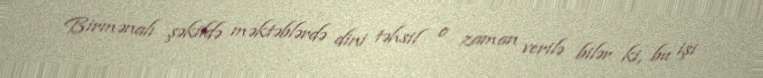
Birmənalı şəkildə məktəblərdə dini təhsil o zaman verilə bilər ki, bu işi